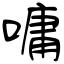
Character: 嘃